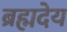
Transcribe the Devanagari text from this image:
ब्रह्मदेय